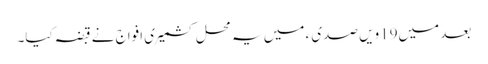
بعد میں19ویں صدی ء میں یہ محل کشمیری افواج نے قبضہ کیا۔